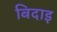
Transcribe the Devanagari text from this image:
बिदाइ